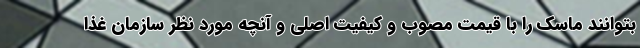
بتوانند ماسک را با قیمت مصوب و کیفیت اصلی و آنچه مورد نظر سازمان غذا